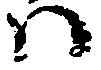
ハ